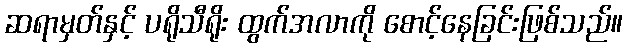
ဆရာမှတ်နှင့် ပရိုသီရိုး ထွက်အလာကို စောင့်နေခြင်းဖြစ်သည်။